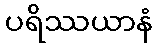
ပရိဿယာနံ